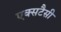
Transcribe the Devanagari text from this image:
एक्सटैसी